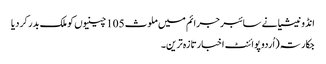
انڈونیشیا نے سائبر جرائم میں ملوث 105 چینیوں کو ملک بدر کر دیا
جکارتہ (اُردو پوائنٹ اخبارتازہ ترین۔